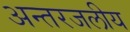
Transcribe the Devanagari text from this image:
अन्‍तरजलीय